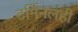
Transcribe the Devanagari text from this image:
टर्मिनलही